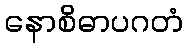
နောစိဓာပဂတံ